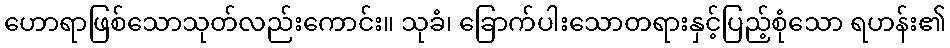
ဟောရာဖြစ်သောသုတ်လည်းကောင်း။ သုခံ၊ ခြောက်ပါးသောတရားနှင့်ပြည့်စုံသော ရဟန်း၏